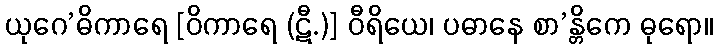
ယုဂေ’ဓိကာရေ [ဝိကာရေ (ဋီ.)] ဝီရိယေ၊ ပဓာနေ စာ’န္တိကေ ဓုရော။